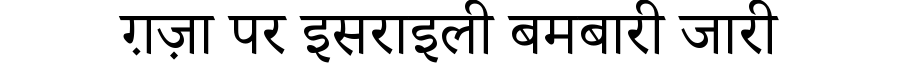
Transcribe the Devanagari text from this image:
ग़ज़ा पर इसराइली बमबारी जारी